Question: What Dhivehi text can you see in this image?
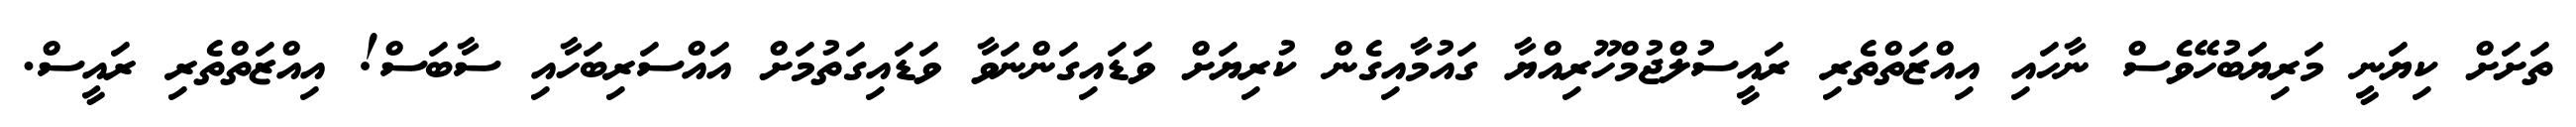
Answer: ތަށަށް ކިޔަނީ މަރިޔަބުހޭވެސް ނާހައި އިއްޒަތްތެރި ރައީސުލްޖުމްހޫރިއްޔާ ގައުމާއިގެން ކުރިޔަށް ވަޑައިގަންނަވާ ވަޑައިގަތުމަށް އައްސަރިބަހާއި ސާބަސް! އިއްޒަތްތެރި ރައީސް.